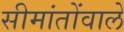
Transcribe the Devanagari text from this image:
सीमांतोंवाले